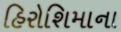
હિરોશિમાના